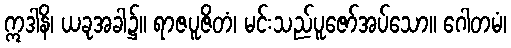
ဣဒါနိ၊ ယခုအခါ၌။ ရာဇပူဇိတံ၊ မင်းသည်ပူဇော်အပ်သော။ ဂေါတမံ၊